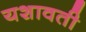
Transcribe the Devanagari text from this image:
यशावती